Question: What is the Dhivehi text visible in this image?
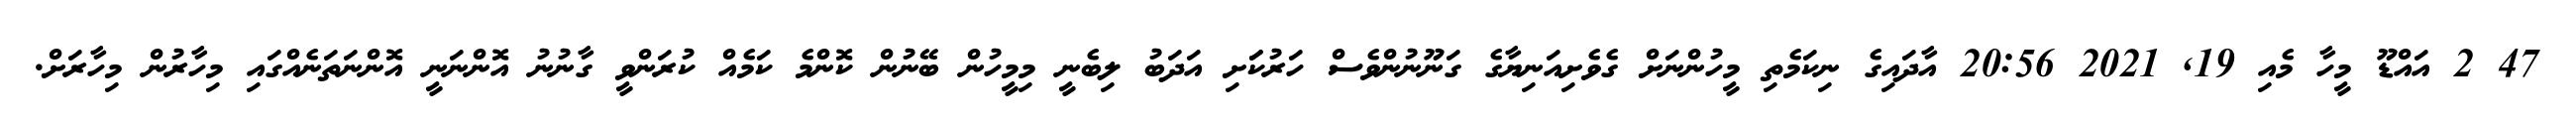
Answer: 47 2 އައްޑޫ މީހާ މެއި 19, 2021 20:56 އާދައިގެ ނިކަމެތި މީހުންނަށް ގެވެށިއަނިޔާގެ ގަނޫނުންވެސް ހަރުކަަށި އަދަބު ލިބެނީ މިމީހުން ބޭނުން ކޮންމެ ކަމެއް ކުރަންވީ ގާނުނު އޮންނަނީ އޮންނަތަނެއްގައި މިހާރުން މިހާރަށް.